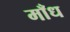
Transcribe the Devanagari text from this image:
माँध